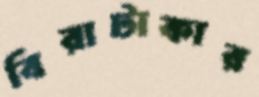
বিরাটাকার